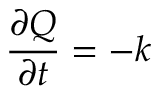
{ \frac { \partial Q } { \partial t } } = - k